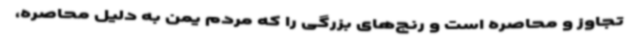
تجاوز و محاصره است و رنج‌های بزرگی را که مردم یمن به دلیل محاصره،